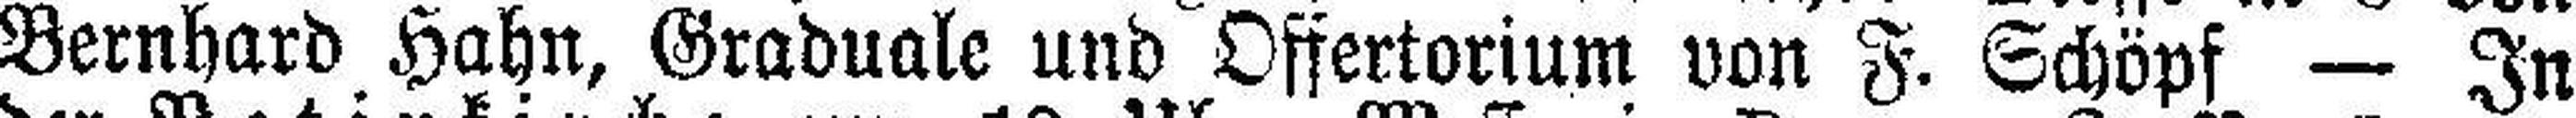
Bernhard Hahn, Graduale und Offertorium von F. Schöpf — In